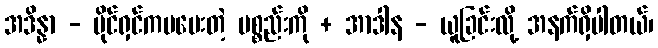
အဒိန္နာ - ပိုင်ရှင်ကမပေးတဲ့ ပစ္စည်းကို + အာဒါန - ယူခြင်းလို့ အနက်ရှိပါတယ်၊